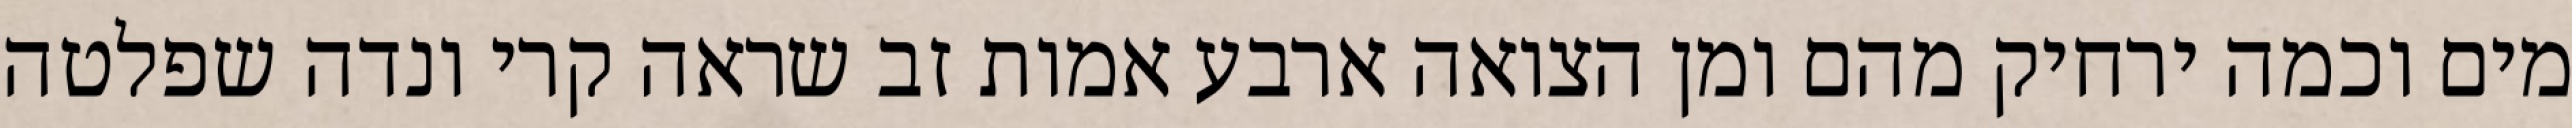
מים וכמה ירחיק מהם ומן הצואה ארבע אמות זב שראה קרי ונדה שפלטה